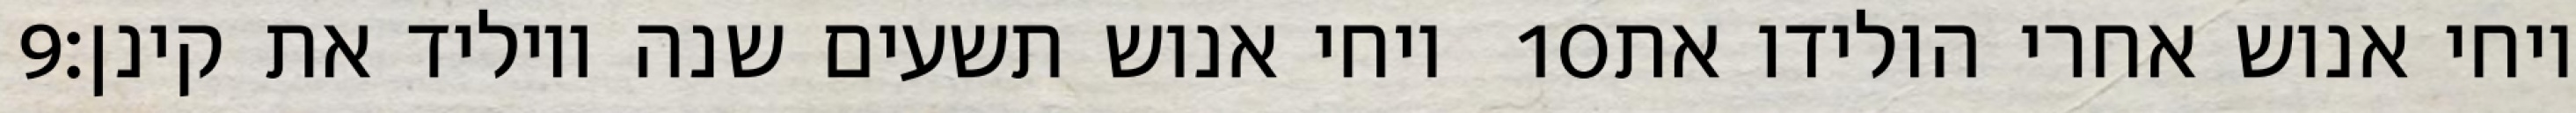
‎9‏ ויחי אנוש תשעים שנה ויוליד את קינן׃ ‎10‏ ויחי אנוש אחרי הולידו את